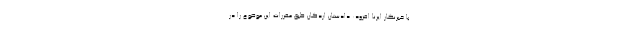
با خبرنگار ایرنا افزود: دادستان اردکان طبق مقررات این موضوع را در